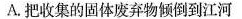
A.把收集的固体废弃物倾倒到江河